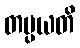
တပ္ပယတိ